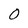
Character: O